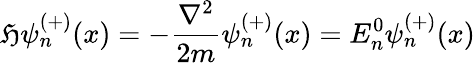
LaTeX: {\mathfrak{H}}\psi_{n}^{(+)}(x)=-{\frac{\nabla^{2}}{2m}}\psi_{n}^{(+)}(x)=E_{n}^{0}\psi_{n}^{(+)}(x)